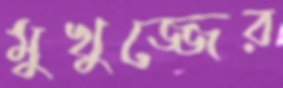
মুখুজ্জের